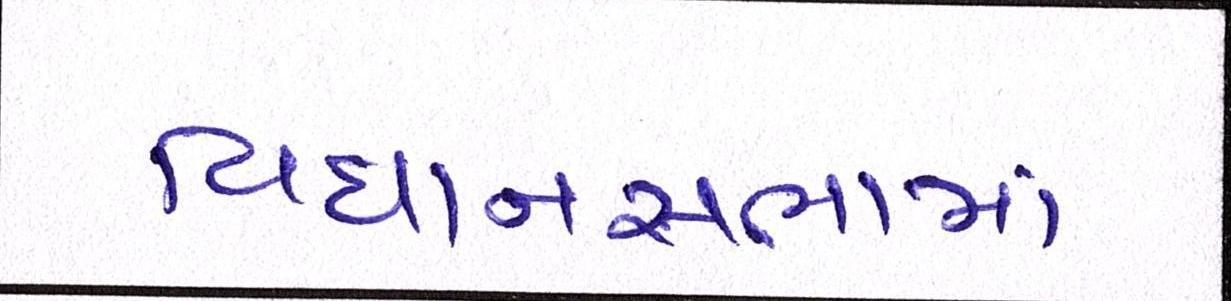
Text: વિધાનસભામાં